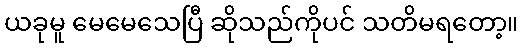
ယခုမူ မေမေသေပြီ ဆိုသည်ကိုပင် သတိမရတော့။